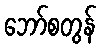
ဘော်စတွန်